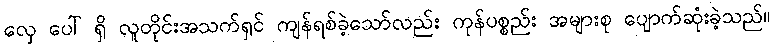
လှေ ပေါ် ရှိ လူတိုင်းအသက်ရှင် ကျန်ရစ်ခဲ့သော်လည်း ကုန်ပစ္စည်း အများစု ပျောက်ဆုံးခဲ့သည်။